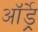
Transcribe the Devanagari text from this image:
ऑर्ड्रे